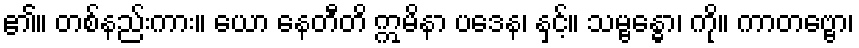
၏။ တစ်နည်းကား။ ယော နေတီတိ ဣမိနာ ပဒေန၊ နှင့်။ သမ္ဗန္ဓော၊ ကို။ ကာတဗ္ဗော၊